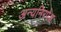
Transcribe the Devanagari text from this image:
अन्यनिरपेक्ष